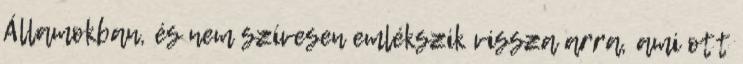
Államokban, és nem szívesen emlékszik vissza arra, ami ott